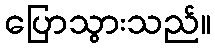
ပြောသွားသည်။